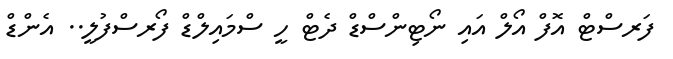
ފަރސްޓް އޮފް އޯލް އައި ނޯޓިންސްޑް ދެޓް ހީ ސްމައިލްޑް ފޯރސްފުލީ.. އެންޑް